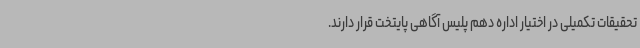
تحقیقات تکمیلی در اختیار اداره دهم پلیس آگاهی پایتخت قرار دارند.